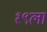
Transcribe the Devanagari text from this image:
१९ला